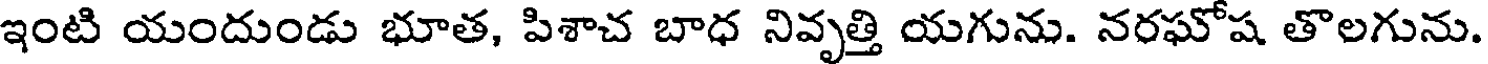
ఇంటి యందుండు భూత, పిశాచ బాధ నివృత్తి యగును. నరఘోష తొలగును.